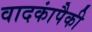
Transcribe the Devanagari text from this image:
वादकांपैकी